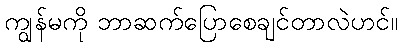
ကျွန်မကို ဘာဆက်ပြောစေချင်တာလဲဟင်။